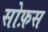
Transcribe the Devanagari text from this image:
सोफ़स